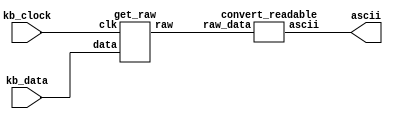
module read_keyboard (kb_data, kb_clock, ascii);
	input kb_data;
	input kb_clock;
	output [6:0] ascii;
	wire [7:0] raw_data;
	
	//Convert keyboard inputs to raw data
	get_raw keys(kb_clock, kb_data, raw_data[7:0]);
	
	// Last step: process ascii's
	convert_readable chars(raw_data[7:0], ascii[6:0]);
	
endmodule

// This module created by aid from a referenced project (Notepad--)
module get_raw(clk, data, raw);
    input wire clk; // Clock pin form keyboard
    input wire data; //Data pin form keyboard
    output reg [7:0] raw;


    reg [7:0] data_curr;
    reg [7:0] data_pre;
    reg [3:0] b;
    reg flag;
    
    initial
    begin
        b<=4'h1;
        flag<=1'b0;
        data_curr<=8'hf0;
        data_pre<=8'hf0;
        raw<=8'hf0;
    end
        
    always @(negedge clk) //Activating at negative edge of clock from keyboard
    begin
    case(b)
        1:; //first bit
        2:data_curr[0]<=data;
        3:data_curr[1]<=data;
        4:data_curr[2]<=data;
        5:data_curr[3]<=data;
        6:data_curr[4]<=data;
        7:data_curr[5]<=data;
        8:data_curr[6]<=data;
        9:data_curr[7]<=data;
        10:flag<=1'b1; //Parity bit
        11:flag<=1'b0; //Ending bit
    endcase
    
    if(b<=10)
        b<=b+1;
    else if(b==11)
        b<=1;
    end
    
    always@(posedge flag) // Printing data obtained to led
    begin
    if(data_curr==8'hf0)
        raw<=data_pre;
    else
        data_pre<=data_curr;
    end
endmodule



module convert_readable(raw_data, ascii);
    input [7:0] raw_data;
	output reg [6:0] ascii;
	
	always @(*)
	begin
		case(raw_data[7:0])
			// only using first two rows of letters for keyboard. Thus, only assigning relevant keys signif. values.
			8'b00011100: ascii = 7'd65; // 'A'
			8'b00100011: ascii = 7'd68; // 'D'
			8'b00100100: ascii = 7'd69; // 'E'
			8'b00101011: ascii = 7'd70; // 'F'
			8'b00110100: ascii = 7'd71; // 'G'
			8'b00110011: ascii = 7'd72; // 'H'
			8'b01000011: ascii = 7'd73; // 'I'
			8'b00111011: ascii = 7'd74; // 'J'
			8'b01000010: ascii = 7'd75; // 'K'
			8'b01001011: ascii = 7'd76; // 'L'
			8'b01000100: ascii = 7'd79; // 'O'
			8'b01001101: ascii = 7'd80; // 'P'
			8'b00010101: ascii = 7'd81; // 'Q'
			8'b00101101: ascii = 7'd82; // 'R'
			8'b00011011: ascii = 7'd83; // 'S'
			8'b00101100: ascii = 7'd84; // 'T'
			8'b00111100: ascii = 7'd85; // 'U'
			8'b00011101: ascii = 7'd87; // 'W'
			8'b00110101: ascii = 7'd89; // 'Y'
    		default: ascii = 7'd32; // all other selected vals
		endcase
	end
	
endmodule